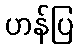
ဟန်ပြ